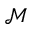
\mathcal { M }